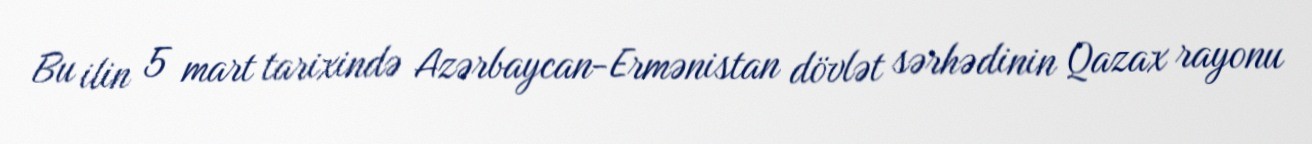
Bu ilin 5 mart tarixində Azərbaycan-Ermənistan dövlət sərhədinin Qazax rayonu